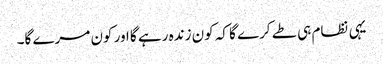
یہی نظام ہی طے کرے گا کہ کون زندہ رہے گا اور کون مرے گا۔